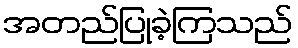
အတည်ပြုခဲ့ကြသည်